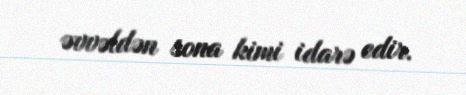
əvvəldən sona kimi idarə edir.